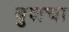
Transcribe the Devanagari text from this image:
बुशचा